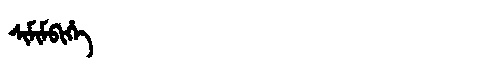
Manchu: ᠰᡳᠮᡳᠮᠪᡳᡥᡝ
Romanization: SIMIMBIHE